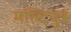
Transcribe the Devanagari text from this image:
मल्टिपुत्र